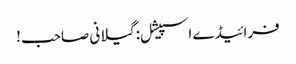
فرائیڈے اسپیشل: گیلانی صاحب!